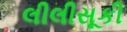
લીલીસૂકી